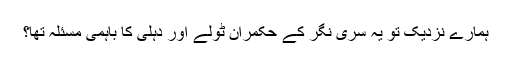
ہمارے نزدیک تو یہ سری نگر کے حکمران ٹولے اور دہلی کا باہمی مسئلہ تھا؟